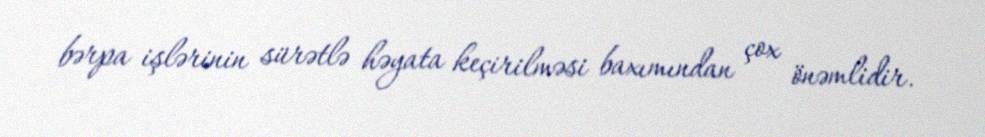
bərpa işlərinin sürətlə həyata keçirilməsi baxımından çox önəmlidir.